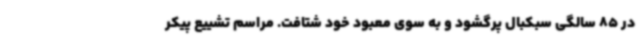
در 85 سالگی سبکبال پرگشود و به سوی معبود خود شتافت. مراسم تشییع پیکر